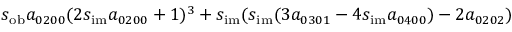
s _ { \mathrm { o b } } a _ { 0 2 0 0 } ( 2 s _ { \mathrm { i m } } a _ { 0 2 0 0 } + 1 ) ^ { 3 } + s _ { \mathrm { i m } } ( s _ { \mathrm { i m } } ( 3 a _ { 0 3 0 1 } - 4 s _ { \mathrm { i m } } a _ { 0 4 0 0 } ) - 2 a _ { 0 2 0 2 } )